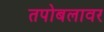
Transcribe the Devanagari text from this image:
तपोबलावर